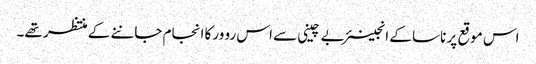
اس موقع پر ناسا کے انجینئر بے چینی سے اس رو ورکا انجام جاننے کے منتظر تھے۔